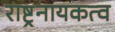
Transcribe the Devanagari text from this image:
राष्ट्रनायकत्व